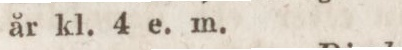
år kl. 4 e. m.